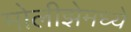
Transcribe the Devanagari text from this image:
मोलीझेमध्ये